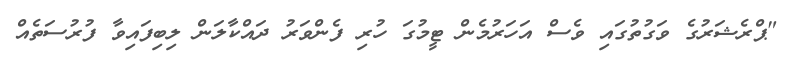
"ޕްރެޝަރުގެ ވަގުތުގައި ވެސް އަހަރުމެން ޓީމުގަ ހުރި ފެންވަރު ދައްކާލަން ލިބިފައިވާ ފުރުސަތެއް